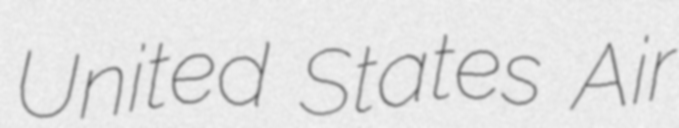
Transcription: United States Air